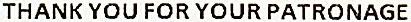
THANK YOU FOR YOUR PATRONAGE